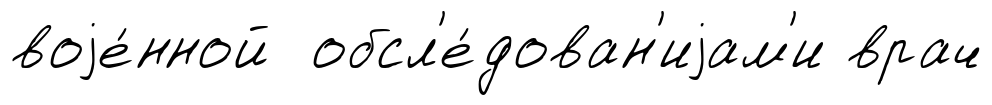
воjе́нной обсл'е́дован'иjам'и врач